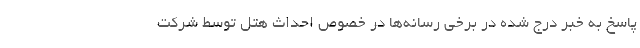
پاسخ به خبر درج شده در برخی رسانه‌ها در خصوص احداث هتل توسط شرکت